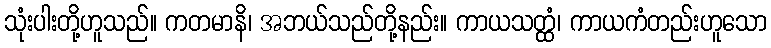
သုံးပါးတို့ဟူသည်။ ကတမာနိ၊ အဘယ်သည်တို့နည်း။ ကာယသတ္ထံ၊ ကာယကံတည်းဟူသော